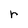
Character: r